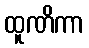
ထူဏိကာ